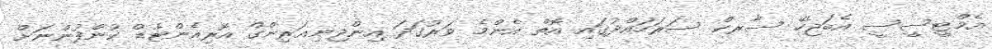
އެމްޓީސީސީ އެބަޖެހޭ ސާރކް ސަރަހައްދުގައި އޮތް އެންމެ ވަރުގަދަ އިންޖިނިއަރިންގް އޮރިއެންޓެޑް ކުންފުންނަށް